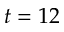
t = 1 2